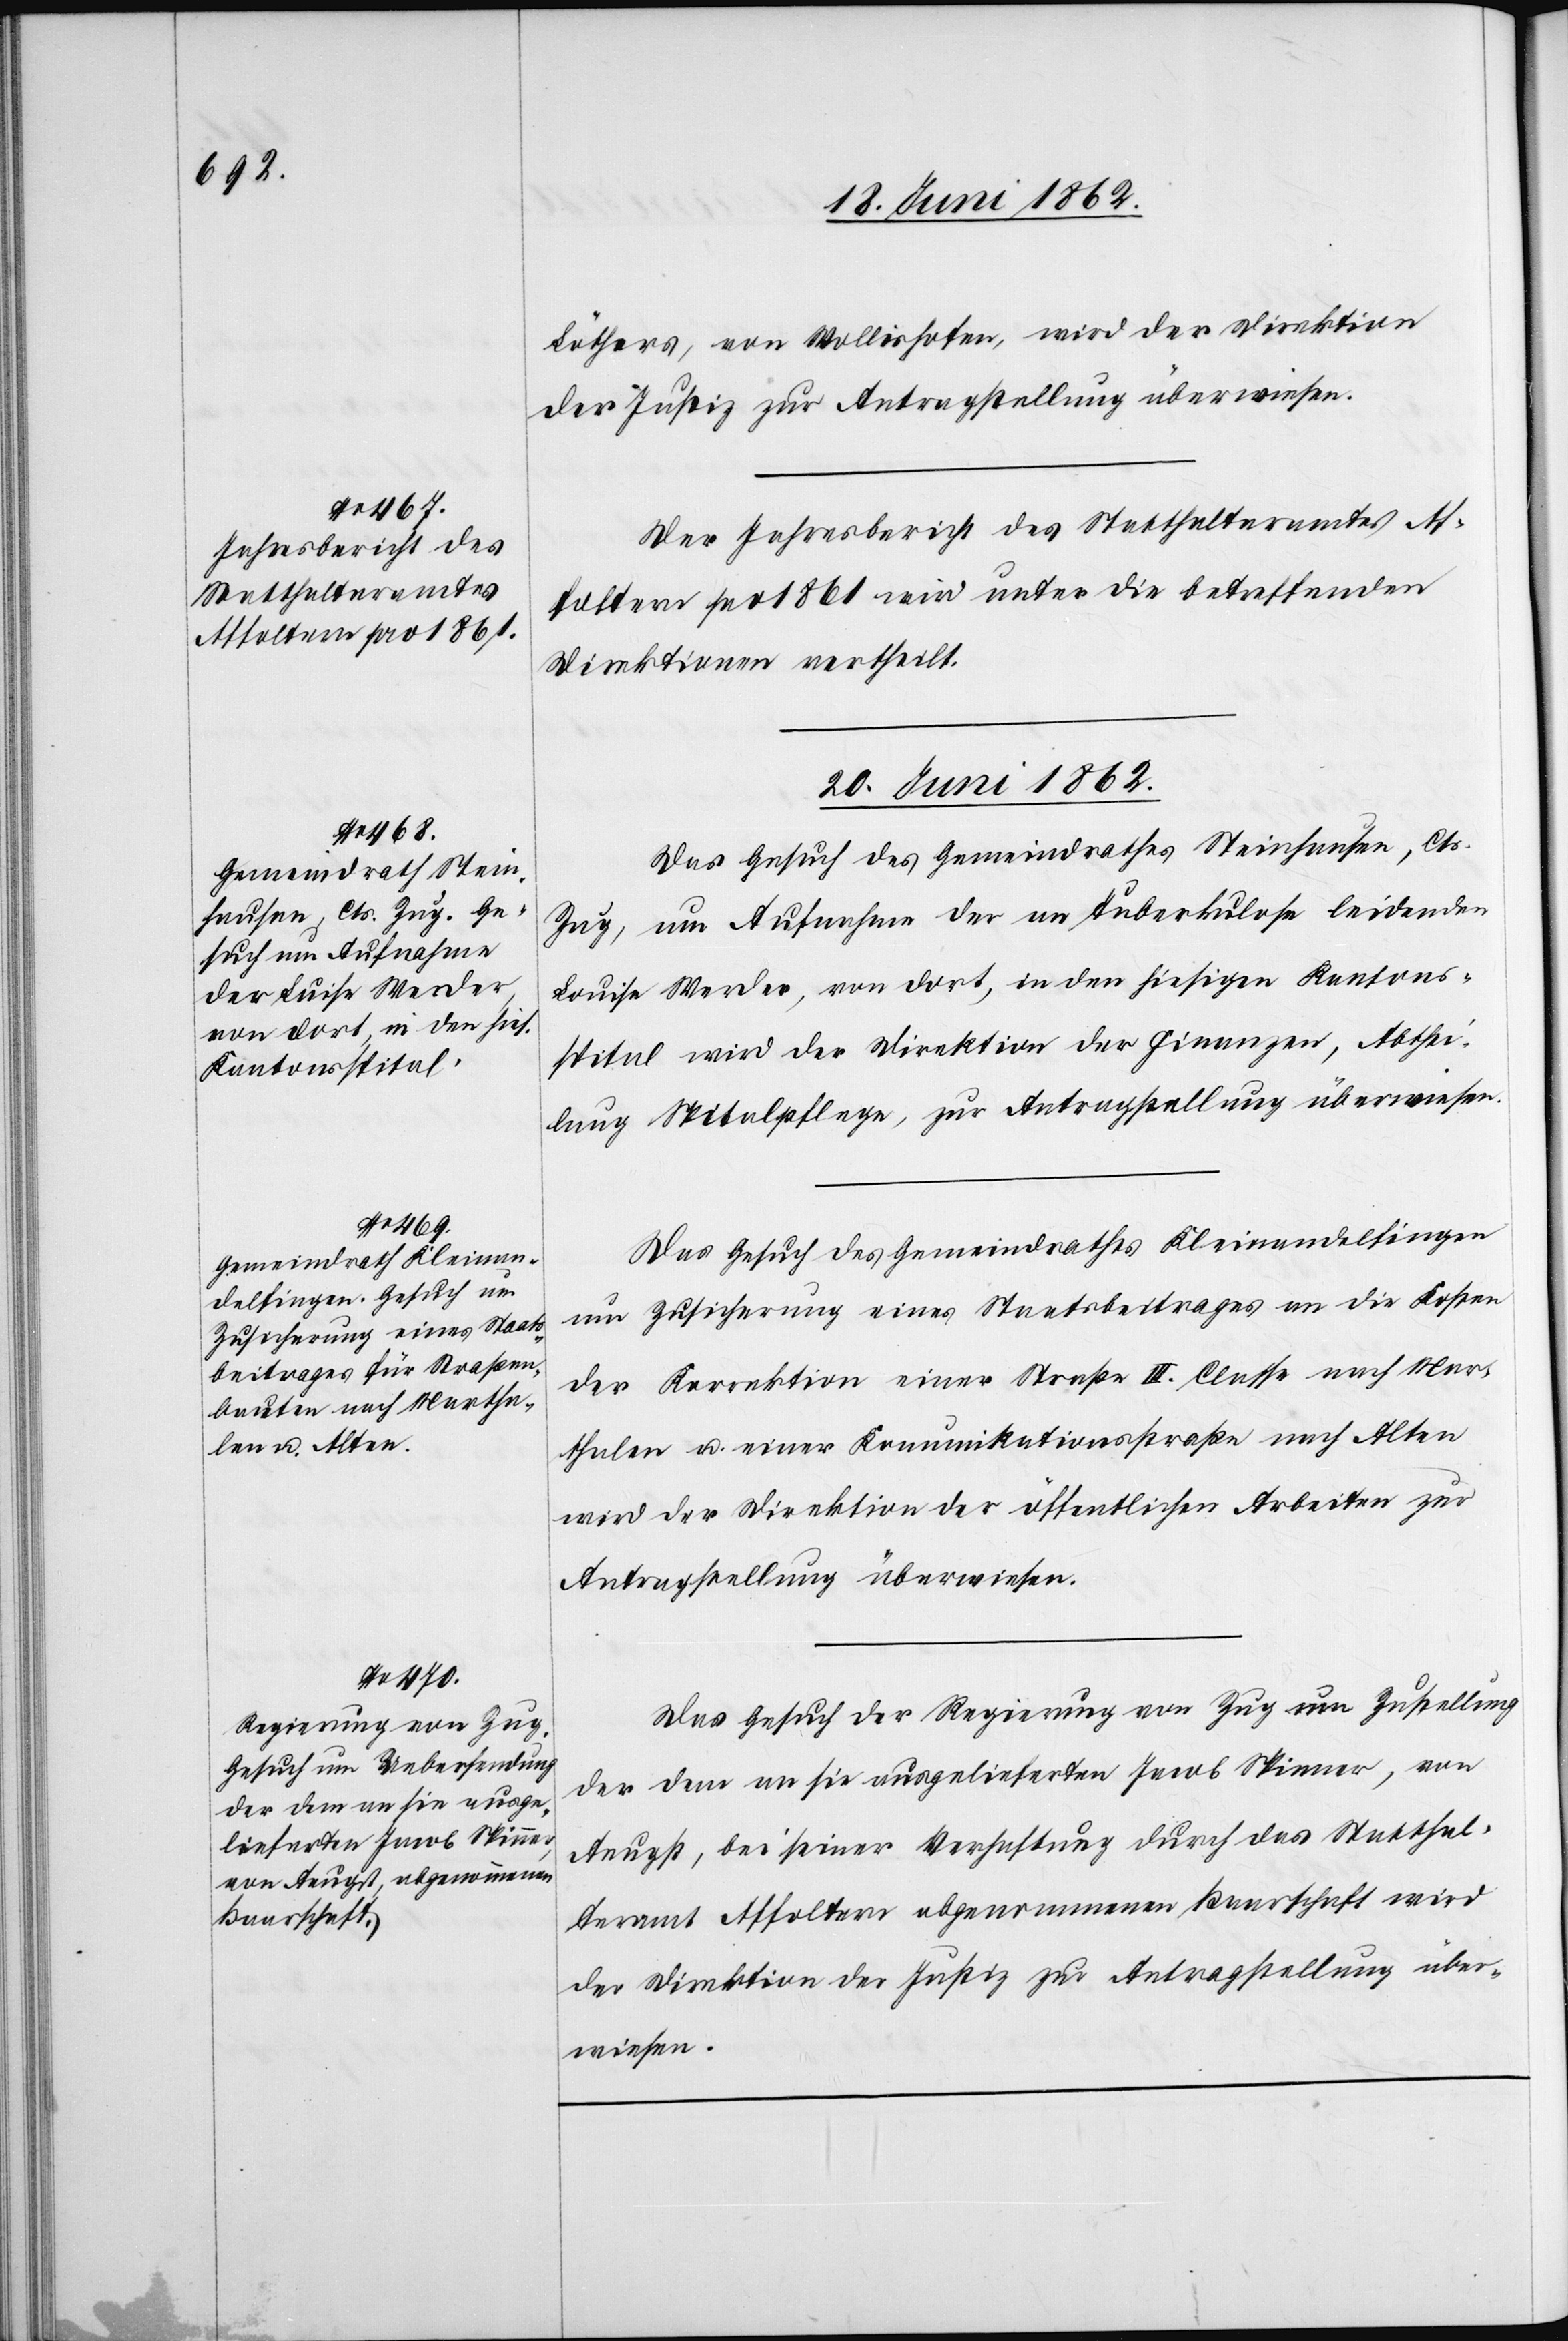
19. Juni 1862.]
Löthers, von Wollishofen, wird der Direktion
der Justiz, zur Antragstellung überwiesen.
Der Jahresbericht des Statthalteramtes Af¬
foltern pro 1861 wird unter die betreffenden
Direktionen vertheilt.
20. Juni 1862.]
Das Gesuch des Gemeindrathes Steinhausen, Cts.
Zug, um Aufnahme der an Tuberkulose leidenden
Luise Werder, von dort, in den hiesigen Kantons¬
spital wird der Direktion der Finanzen, Abthei¬
lung Spitalpflege, zur Antragstellung überwiesen.
Das Gesuch des Gemeindrathes Kleinandelfingen
um Zusicherung eines Staatsbeitrages an die Kosten
der Korrektion einer Straße III. Classe nach Mar¬
thalen u. einer Kommunikationsstraße nach Alten
wird der Direktion der öffentlichen Arbeiten zur
Antragstellung überwiesen.
Das Gesuch der Regierung von Zug um Zustellung
der dem an sie ausgelieferten Jacob Spinner, von
Aeugst, bei seiner Verhaftung durch das Statthal¬
teramt Affoltern abgenommenen Baarschaft wird
der Direktion der Justiz zur Antragstellung über¬
wiesen.